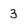
Character: 3